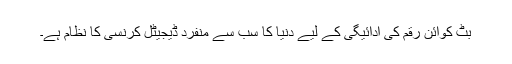
بِٹ کوائن رقم کی ادائیگی کے لیے دنیا کا سب سے منفرد ڈیجیٹل کرنسی کا نظام ہے۔